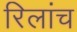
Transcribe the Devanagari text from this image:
रिलांच